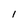
Character: l